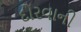
દોરવાની